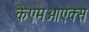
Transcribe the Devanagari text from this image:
केएमओएक्स